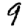
Digit: 9